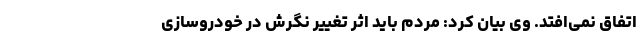
اتفاق نمی‌افتد. وی بیان کرد: مردم باید اثر تغییر نگرش در خودروسازی